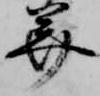
美